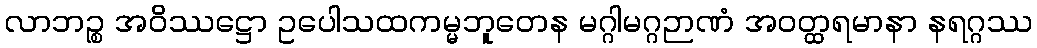
လာဘဉ္စ အဝိဿဋ္ဌော ဥပေါသထကမ္မဘူတေန မဂ္ဂါမဂ္ဂဉာဏံ အဝတ္ထရမာနာ နရဂ္ဂဿ